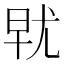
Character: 𰍯